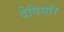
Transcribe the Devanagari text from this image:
देवियाँ।